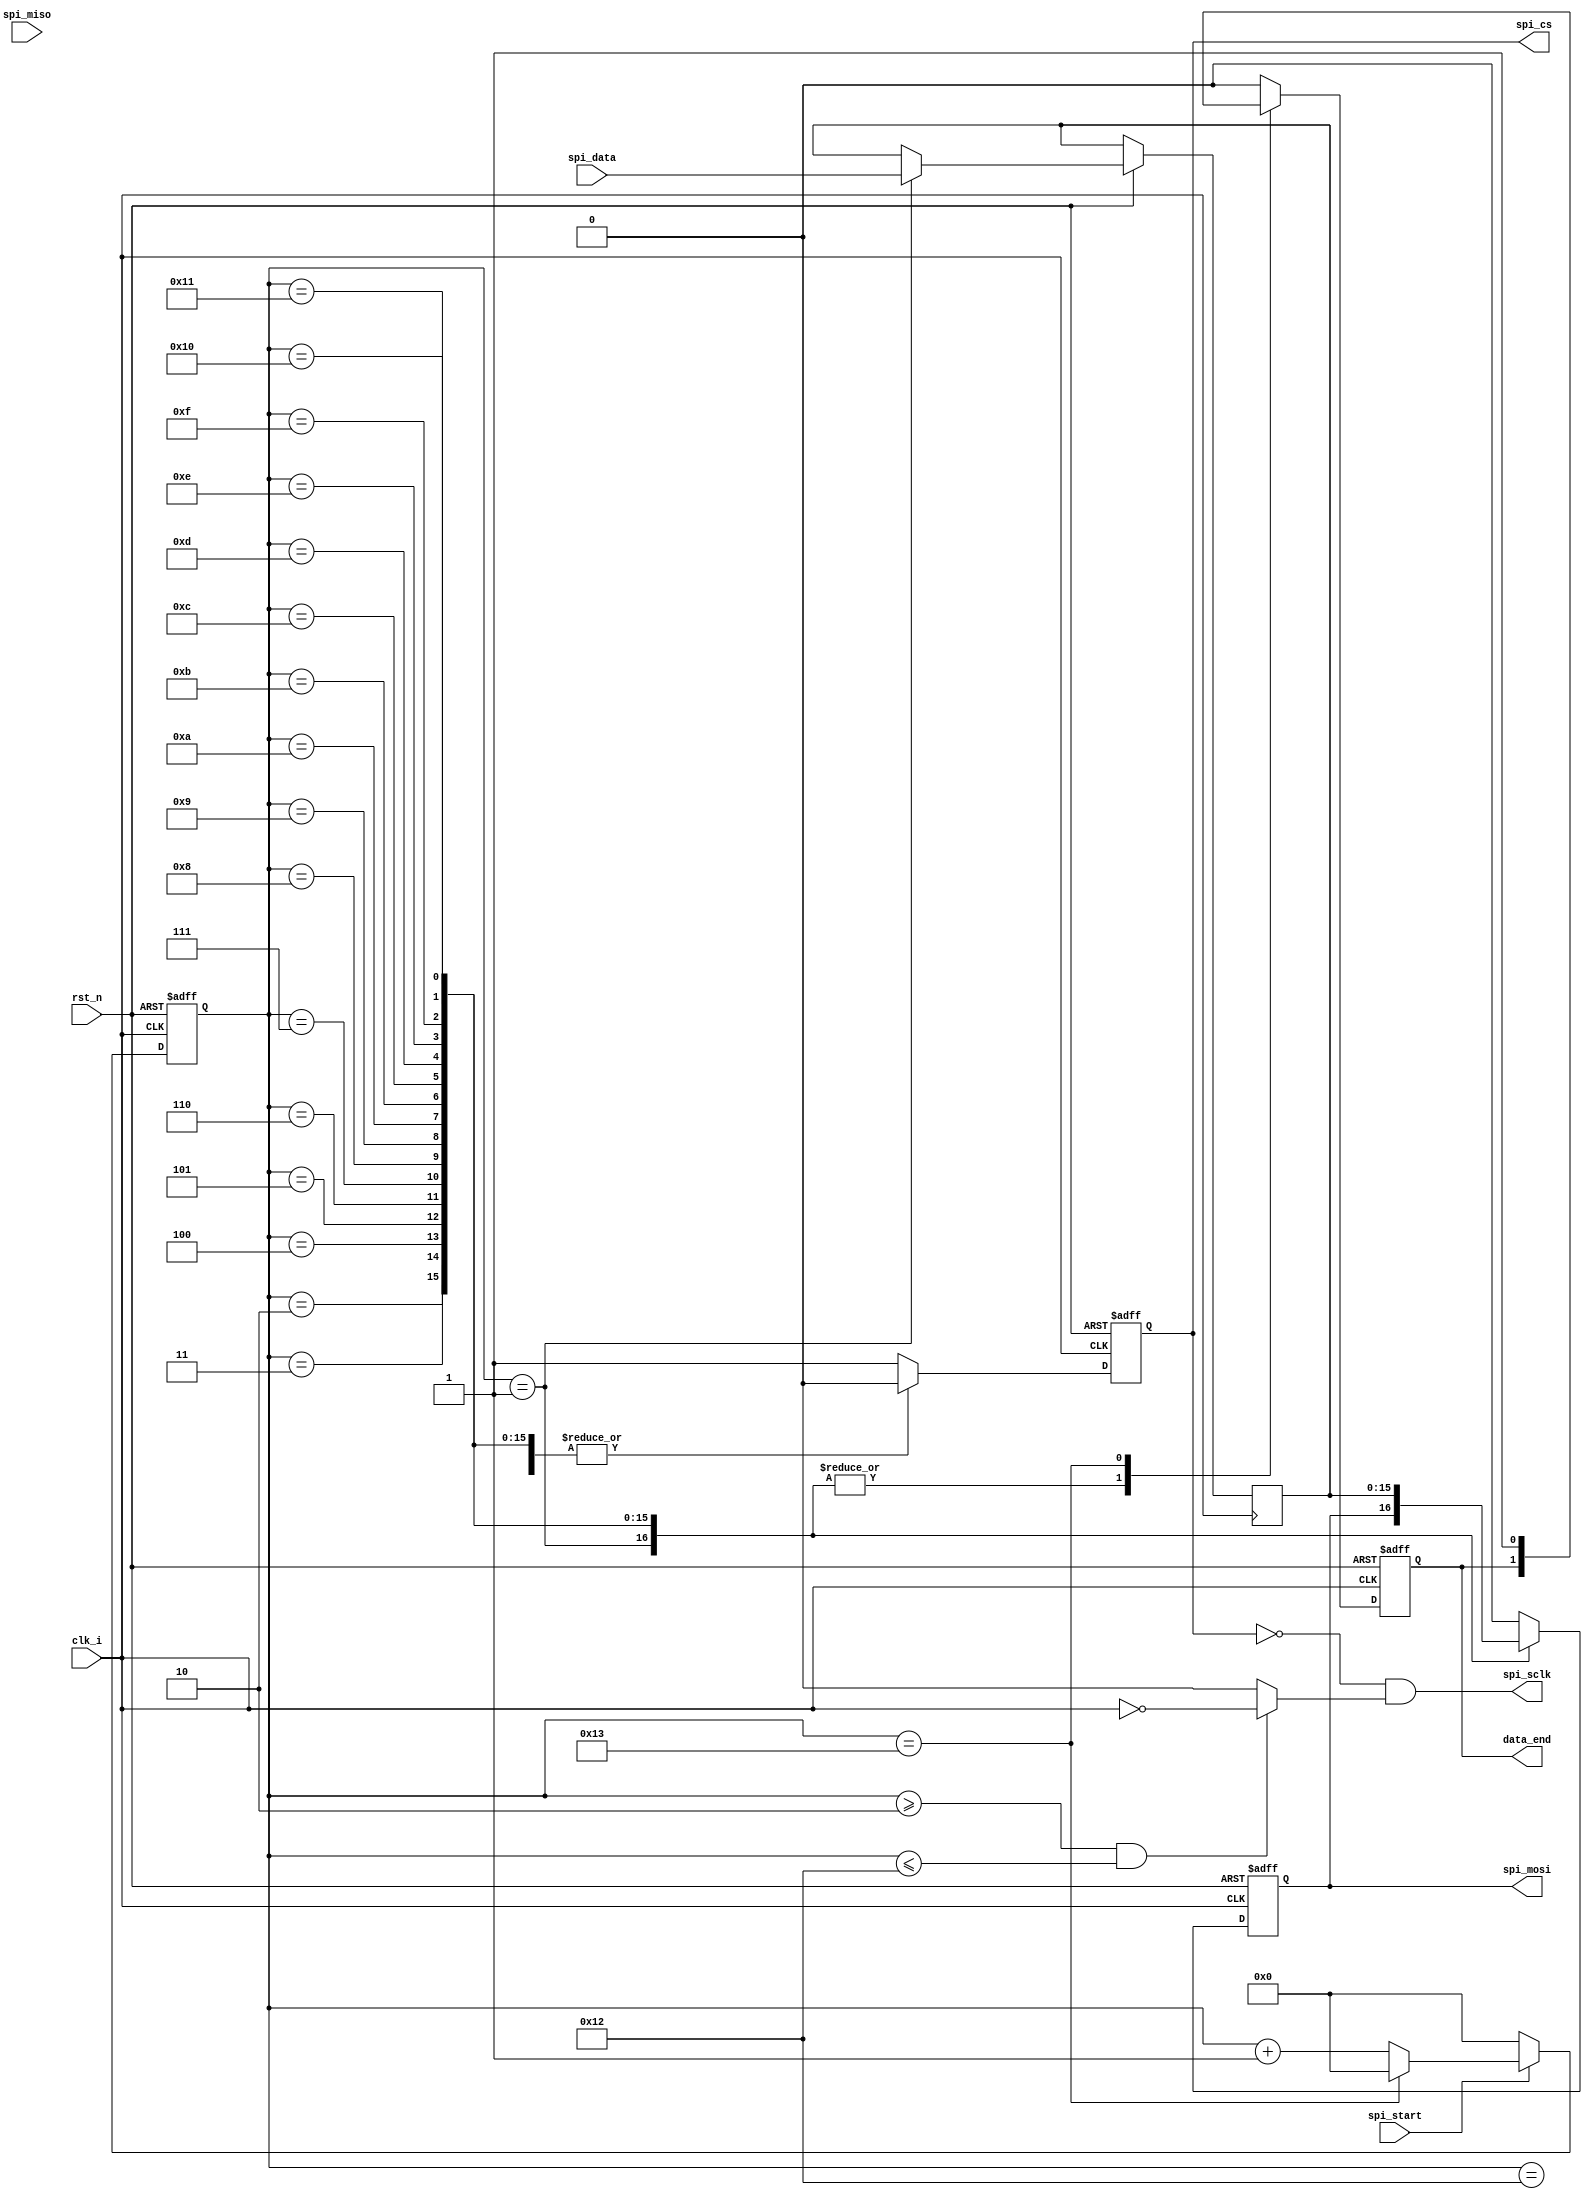
`timescale 1ns / 1ps
//////////////////////////////////////////////////////////////////////////////////
// Company: 
// Engineer: 
// 
// Design Name: 
// Module Name: SPI_16Bit_Controller
// Project Name: 
// Target Devices: 
// Tool Versions: 
// Description: 
// 
// Dependencies: 
// 
// Revision:
// Revision 0.01 - File Created
// Additional Comments:
// 
//////////////////////////////////////////////////////////////////////////////////
module SPI_16Bit_Controller(
    input                    clk_i,  //SPI 
    input          [15:0]    spi_data,//SPI 
    input                    spi_start,//
    input                    rst_n,//SPI 
 (* mark_debug = "true" *)input                    spi_miso,//SPI 
 (* mark_debug = "true" *)output   wire           spi_mosi,//SPI 
 (* mark_debug = "true" *)output   wire           spi_sclk,//SPI 
 (* mark_debug = "true" *)output   wire           spi_cs, //SPI 
    output   reg            data_end//
);
// 
 (* mark_debug = "true" *)reg  [5:0]       sd_counter;//SPI 
 (* mark_debug = "true" *)reg              spi_sdo_reg;//SPI 
 (* mark_debug = "true" *)reg              spi_cs_reg;
 (* mark_debug = "true" *)reg      [15:0]  spi_data_reg;
    assign           spi_sclk= (~spi_cs_reg )& ( ((sd_counter >= 2) & (sd_counter <=18))? ~clk_i :0 );
    assign           spi_mosi =spi_sdo_reg ; // 1spi_SDAT 
    assign           spi_cs=spi_cs_reg; 
//--SPI 
    always @(negedge rst_n or posedge clk_i ) 
    begin
       if (!rst_n) sd_counter=6'b000000;
       else begin
               if (spi_start==0)
                  sd_counter=0;
               else 
                   begin 
                      if (sd_counter == 6'b010011)
                          sd_counter<=0;
                       else
                          sd_counter=sd_counter+1;
                   end
             end
    end
    always @(negedge rst_n or posedge clk_i ) 
    begin
     if (!rst_n) 
        begin spi_cs_reg=1'b1; spi_sdo_reg=1'b0 ; data_end=1'b1;end
     else
       case (sd_counter)
          6'd0 : begin spi_cs_reg<=1'b1;data_end<=1'b0; spi_sdo_reg=1'b0; end
////////////////////////SPI START////////////////////////////////////
          6'd1 : begin spi_cs_reg<=1'b1;spi_data_reg<=spi_data;end
//
          6'd2 : begin spi_cs_reg<=1'b0; spi_sdo_reg<=spi_data_reg[15]; end
          6'd3 : begin spi_cs_reg<=1'b0; spi_sdo_reg<=spi_data_reg[14]; end
          6'd4 : begin spi_cs_reg<=1'b0; spi_sdo_reg<=spi_data_reg[13]; end
          6'd5 : begin spi_cs_reg<=1'b0; spi_sdo_reg<=spi_data_reg[12]; end
          6'd6 : begin spi_cs_reg<=1'b0; spi_sdo_reg<=spi_data_reg[11]; end
          6'd7 : begin spi_cs_reg<=1'b0; spi_sdo_reg<=spi_data_reg[10]; end
          6'd8 : begin spi_cs_reg<=1'b0; spi_sdo_reg<=spi_data_reg[9]; end
          6'd9 : begin spi_cs_reg<=1'b0; spi_sdo_reg<=spi_data_reg[8]; end
          6'd10: begin spi_cs_reg<=1'b0; spi_sdo_reg<=spi_data_reg[7]; end 
          6'd11 : begin spi_cs_reg<=1'b0; spi_sdo_reg<=spi_data_reg[6]; end
          6'd12 : begin spi_cs_reg<=1'b0; spi_sdo_reg<=spi_data_reg[5]; end
          6'd13 : begin spi_cs_reg<=1'b0; spi_sdo_reg<=spi_data_reg[4]; end
          6'd14 : begin spi_cs_reg<=1'b0; spi_sdo_reg<=spi_data_reg[3]; end
          6'd15 : begin spi_cs_reg<=1'b0; spi_sdo_reg<=spi_data_reg[2]; end
          6'd16 : begin spi_cs_reg<=1'b0; spi_sdo_reg<=spi_data_reg[1]; end
          6'd17 : begin spi_cs_reg<=1'b0; spi_sdo_reg<=spi_data_reg[0]; end
//////////////////////SPI STOP//////////////////////////////////////
          6'd18 : begin spi_cs_reg<=1'b0;  spi_sdo_reg<=1'b0; data_end<=1'b0 ; end
          6'd19 : begin spi_cs_reg<=1'b1;  spi_sdo_reg<=1'b0; data_end<=1'b1 ; end
        default : begin spi_cs_reg<=1'b1;  spi_sdo_reg<=1'b0; data_end<=1'b0 ; end
       endcase
    end
endmodule